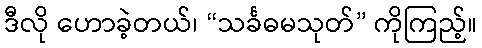
ဒီလို ဟောခဲ့တယ်၊ “သင်္ခဓမသုတ်” ကိုကြည့်။